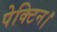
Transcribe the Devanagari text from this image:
पेक्टिन।